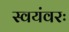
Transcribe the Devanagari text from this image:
स्वयंवरः